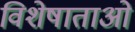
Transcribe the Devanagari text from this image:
विशेषाताओं